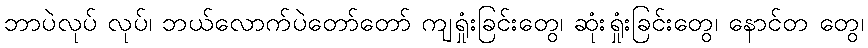
ဘာပဲလုပ် လုပ်၊ ဘယ်လောက်ပဲတော်တော် ကျရှုံးခြင်းတွေ၊ ဆုံးရှုံးခြင်းတွေ၊ နောင်တ တွေ၊